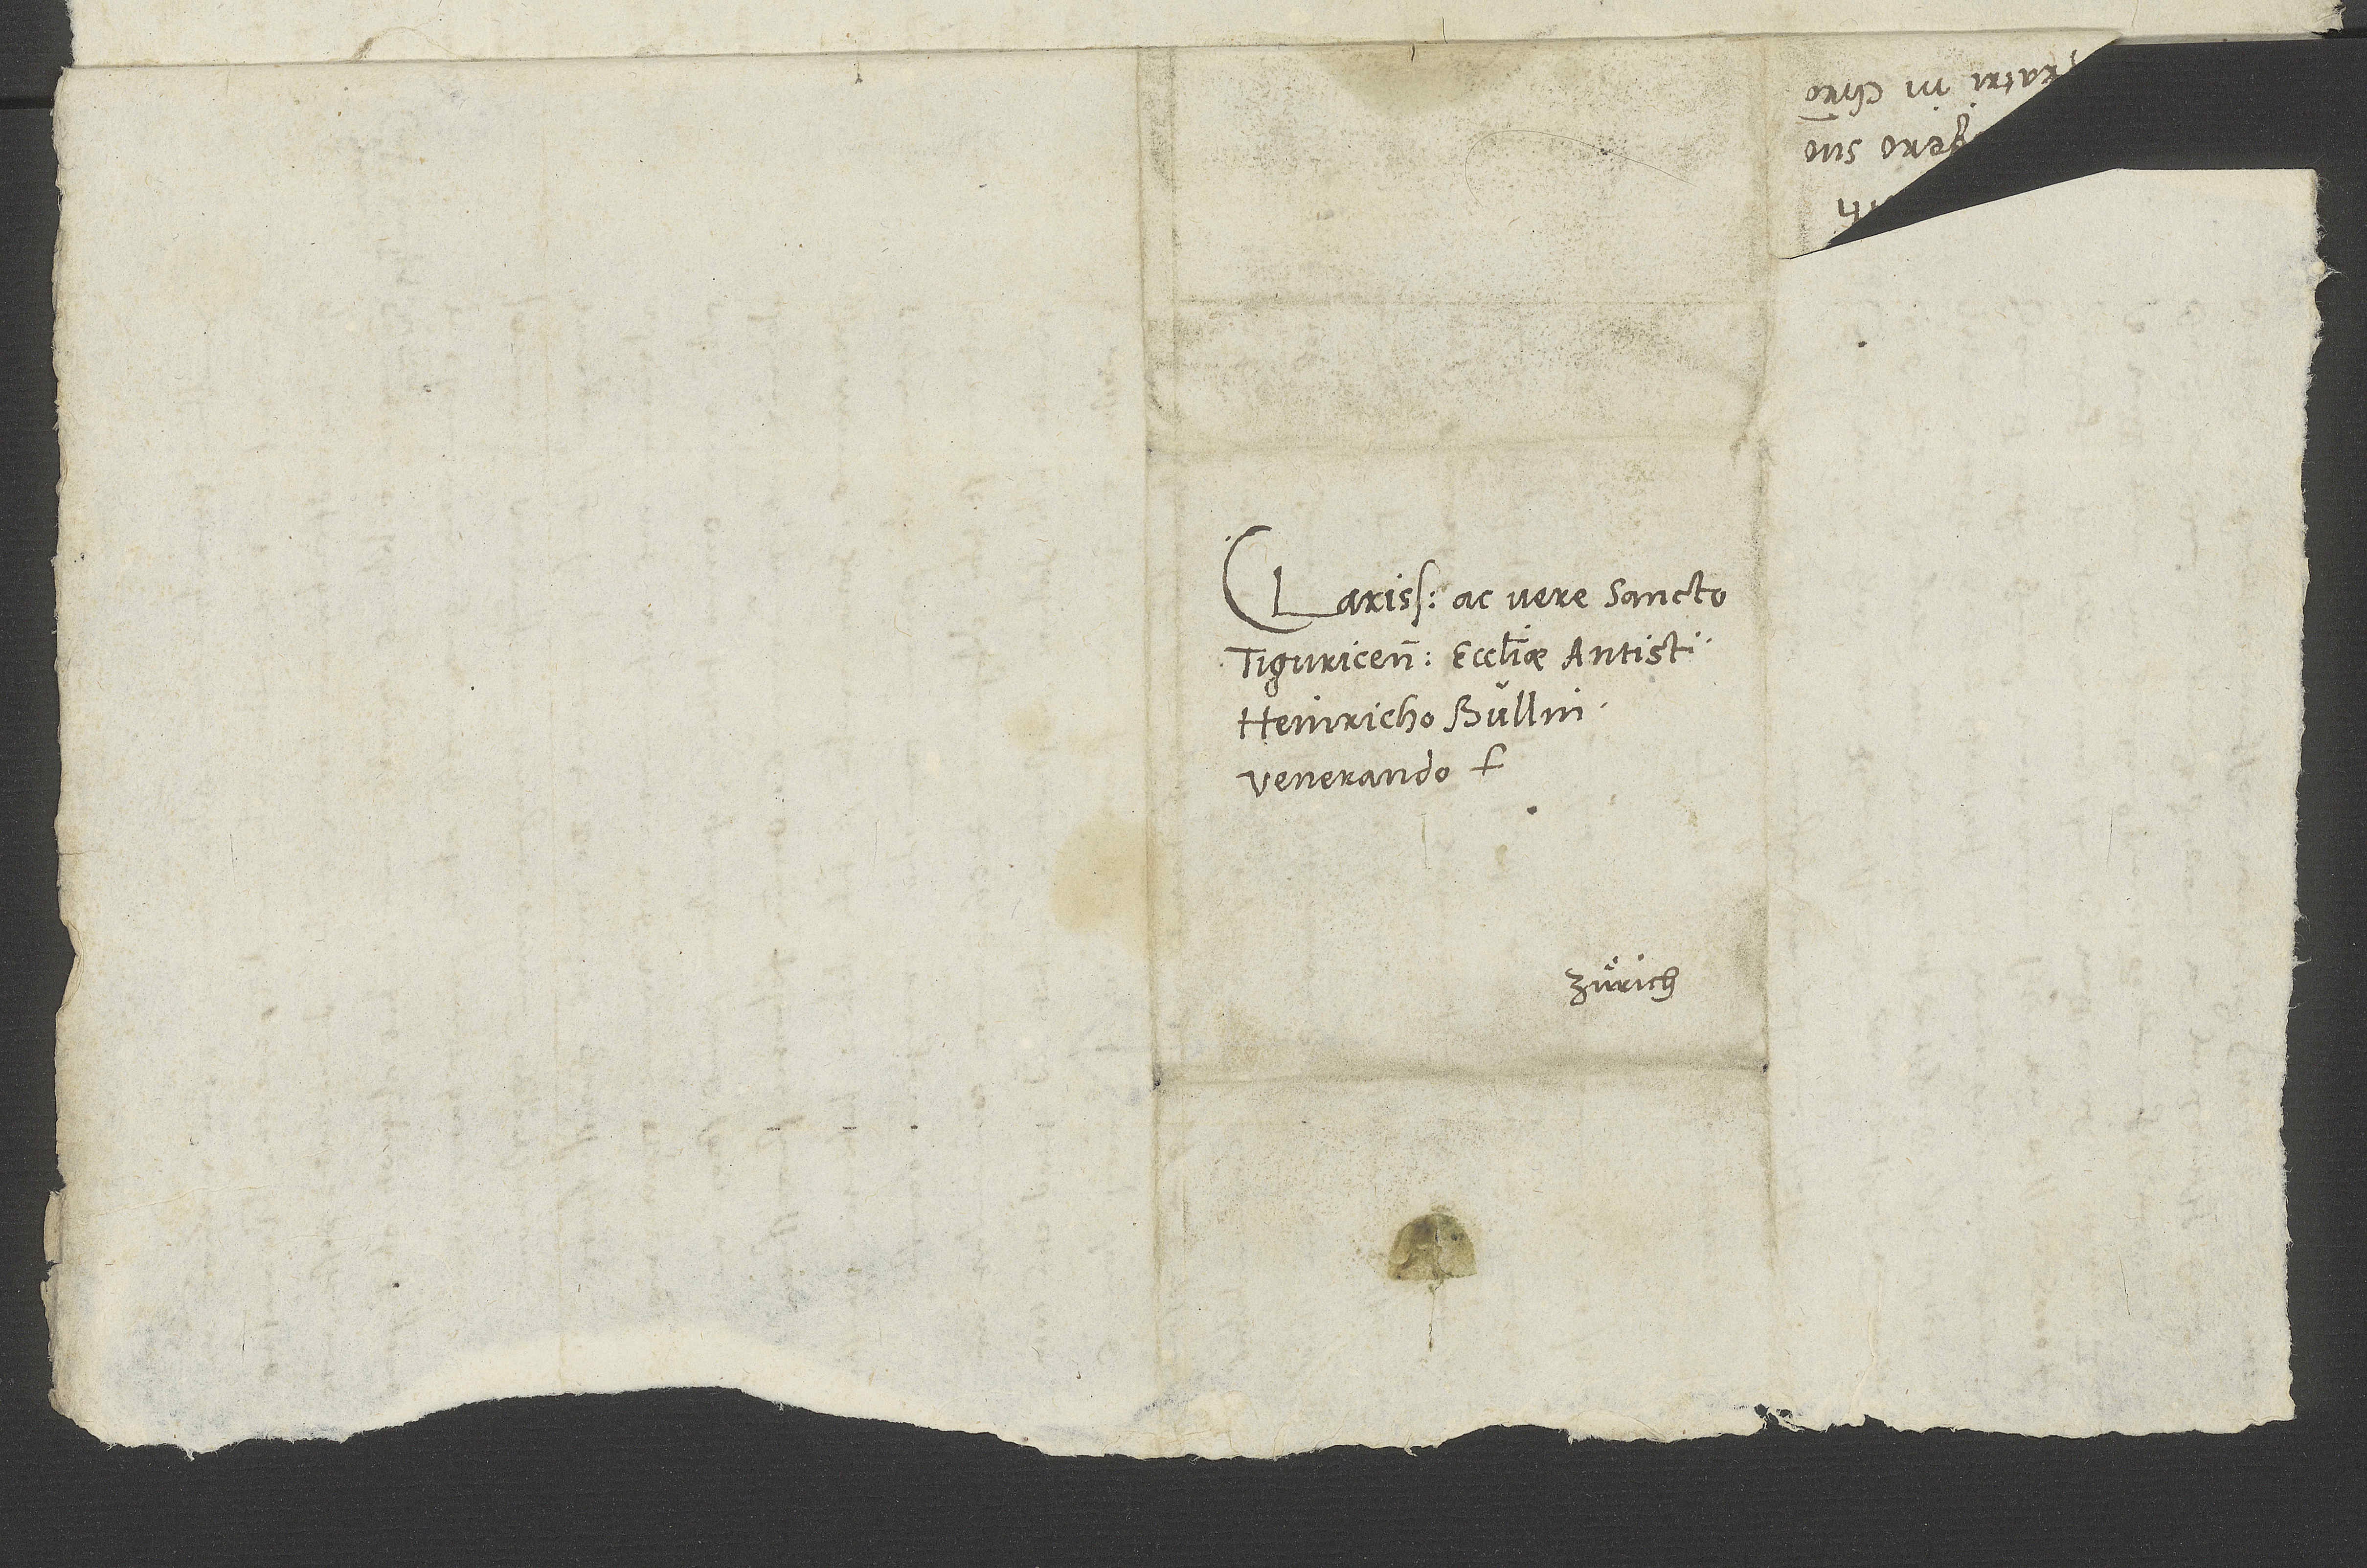
Clarissimo ac vere sancto
Tiguricensis ecclesiae antistiti
Heinricho Bullingero
venerando
Zürich.